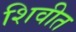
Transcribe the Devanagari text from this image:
शिवीत